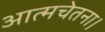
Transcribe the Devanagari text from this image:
आत्मचेतना।